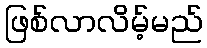
ဖြစ်လာလိမ့်မည်